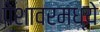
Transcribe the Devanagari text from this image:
पेशावरमध्ये